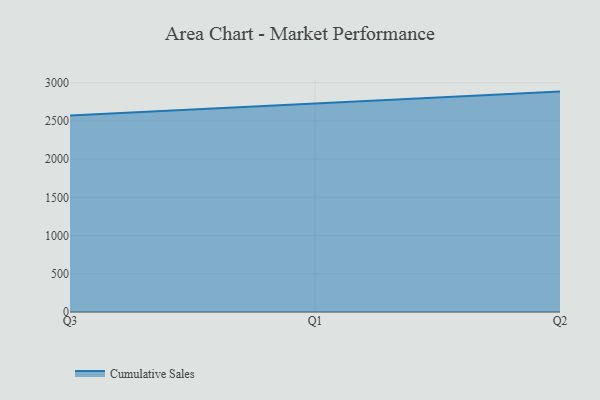
{"axis": {"x": "Quarter", "y": "Customer Acquisition Cost (USD)"}, "legend": ["Cumulative Sales"], "data": [{"x": "Q3", "y": 2571.1, "type": "Cumulative Sales"}, {"x": "Q1", "y": 2726.8, "type": "Cumulative Sales"}, {"x": "Q2", "y": 2883.3, "type": "Cumulative Sales"}]}